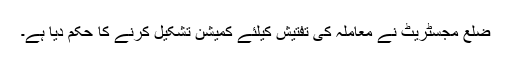
ضلع مجسٹریٹ نے معاملہ کی تفتیش کیلئے کمیشن تشکیل کرنے کا حکم دیا ہے۔